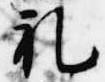
礼